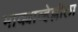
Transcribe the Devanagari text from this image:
माक्याव्हेल्लीला